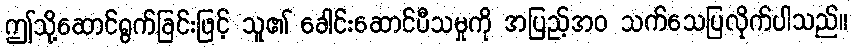
ဤသို့ဆောင်ရွက်ခြင်းဖြင့် သူ၏ ခေါင်းဆောင်ပီသမှုကို အပြည့်အဝ သက်သေပြလိုက်ပါသည်။